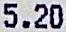
5.20